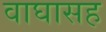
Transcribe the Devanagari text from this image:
वाघासह